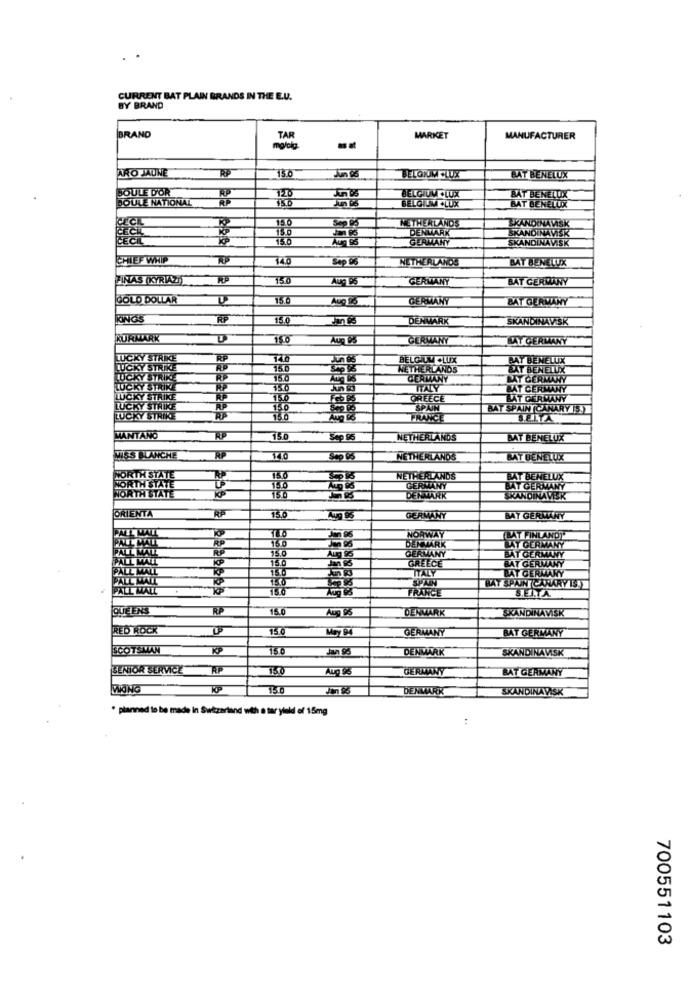
CURRENT BAT PLAIN BRANDS IN THE E.U.
BY BRAND
BRAND
MARKET
MANUFACTURER
ARO JAUNE
RF
730
BELONIM .LUX
BAY BENELUX
BOULE DOR
BOULE NATIONAL
BELGIUM .LUX
BAT BENELUX
BELGIUM .LUXX
BAT BENELUX
NETHERLANDS
SKANDINAVISK
DENMARK
SKANDINAVISK
GERMANY
SKANDINAVISK
CHIEF WHIP
140
Sep 08
NETHERLANDS
BAT BENELUX
FINAS KYRIAZ))
150
GERWANY
BAT GERMANY
GOLD DOLLAR
150
GERMANY
BAT GERMANY
DENMARK
KURMARK
D
150
GERMANY
LAY GERMANY
LUCKY STRIKE
BELGIUM CLIX
PAY BENELUX
LUCKY STRIKE
15.0
NETHERLANDS
BAT BENELUX
LUCKY STRIKE
RF
GERMANY
BAT GERMANY
LUCKY STRIKE
150
TTALY
BAT CERIMANY
MUCKY STRIKE
GREECE
BAT GERMANY
LUCKY STRIKE
BAT SPAIN CANARY (S)
LUCKY STRIKE
SEITA
MANTANO
150
Sep 95
NETHERLANDS
BAT BENELUX
MISS BLANCHE
NETHERLANDS
BAT BENELUX
NETHERLANDS
BAT BENELUX
GERMANY
BAT GERMANY
DENMARK
SKANDINAVER
ORIENTA
15.6
GERMANY
BAT GERMANY
NORWAY
(BAT FINLAND)
750
GERMANY
DER TARK
BAY GERMANY
BAT GERMANY
15.0
GREECE
BAT GERMANY
ITALY
BAT GERMANY
PALL MAD
ALL MALL
FRANCE
BAY SPAIN CANARY IS.
SEITA
QUEENS
RP
15.0
Aug 06
DENMARK
SKANDINAVISK
RED ROCK
15.0
May 97
GERMANY
BAT GERMANY
SCOTSMAN
KP
150
Jan 5
DENMARK
SKANDINAVISK
SENIOR SERVICE
AP
150
GERMANY
BAT GERMANY
DENMARK
SKANDINAVISK
. planned to be made in Switzerland with a tar yield of 15mg
:
700551103